Civil Veterinary Department Bihar & Orissa reports 1922-29 - 1922-1929
Year: 1922
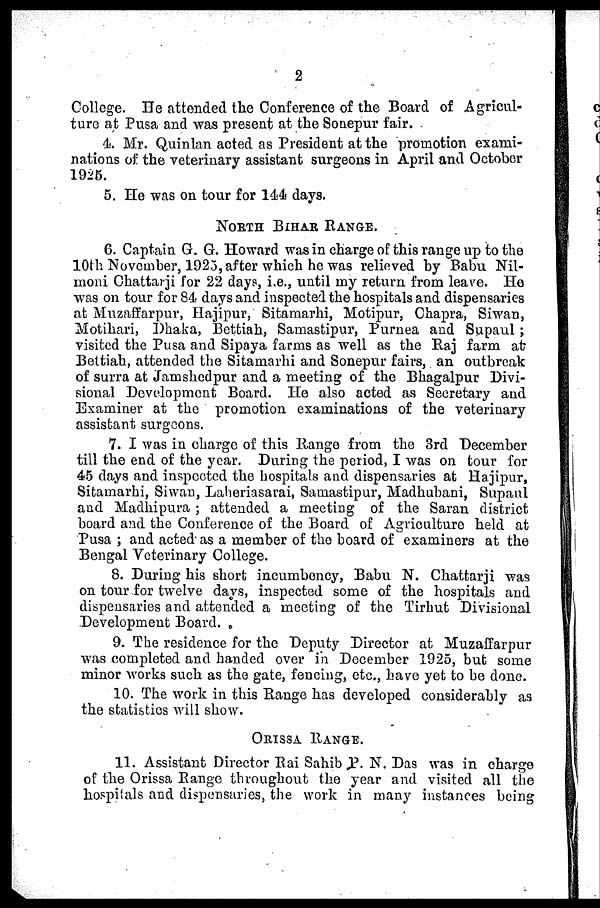
2
College. He attended the Conference of the Board of Agricul-
ture at Pusa and was present at the Sonepur fair,
4. Mr. Quinlan acted as President at the promotion exami-
nations of the veterinary assistant surgeons in April and October
1925.
5. He was on tour for 144 days.
NORTH BIHAR RANGE.
6. Captain G. G. Howard was in charge of this range up to the
10th November, 1923, after which he was relieved by Babu Nil-
moni Chattarji for 22 days, i.e., until my return from leave. He
was on tour for 84 days and inspected the hospitals and dispensaries
at Muzaffarpur, Hajipur, Sitamarhi, Motipur, Chapra, Siwan,
Motihari, Dhaka, Bettiah, Samastipur, Purnea and Supaul ;
visited the Pusa and Sipaya farms as well as the Raj farm air
Bettiah, attended the Sitamarhi and Sonepur fairs, an outbreak
of surra at Jamshcdpur and a meeting of the Bhagalpur Divi-
sional Development Board. He also acted as Secretary and
Examiner at the promotion examinations of the veterinary
assistant surgeons.
7. I was in charge of this Range from the 3rd December
till the end of the year. During the period, I was on tour for
45 days and inspected the hospitals and dispensaries at Hajipur,
Sitamarhi, Siwan, Laheriasarai, Samastipur, Madhubani, Supaul
and Madhipura ; attended a meeting of the Saran district
board and the Conference of the Board of Agriculture held at
Pusa ; and acted as a member of the board of examiners at the
Bengal Veterinary College.
8. During his short incumbency, Babu N. Chattarji was
on tour for twelve days, inspected some of the hospitals and
dispensaries and attended a meeting of the Tirhut Divisional
Development Board.
9. The residence for the Deputy Director at Muzaffarpur
was completed and handed over in December 1925, but some
minor works such as the gate, fencing, etc., have yet to be done.
10. The work in this Range has developed considerably as
the statistics will show.
ORISSA RANGE.
11. Assistant Director Rai Sahib P. N. Das was in charge
of the Orissa Range throughout the year and visited all the
hospitals and dispensaries, the work in many instances being